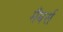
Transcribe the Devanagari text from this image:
मैंबर्स